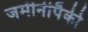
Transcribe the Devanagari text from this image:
जमीनीपैकी